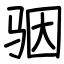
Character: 骃